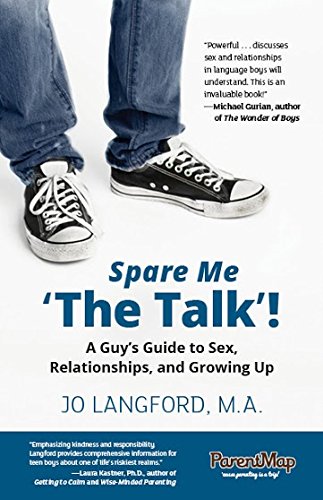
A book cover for Spare Me 'The Talk'!: A Guy's Guide to Sex, Relationships, and Growing Up; Jo Langford; Self-Help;